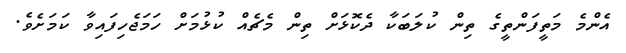
އެންމެ މަތީފަންތީގެ ތިން ކުލަބަކާ ދެކޮޅަށް ތިން މެޗެއް ކުޅުމަށް ހަމަޖެހިފައިވާ ކަމަށެވެ.